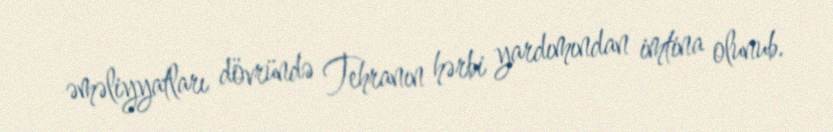
əməliyyatları dövründə Tehranın hərbi yardımından imtina olunub.